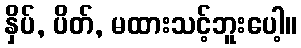
နှိပ်, ပိတ်, မထားသင့်ဘူးပေါ့။